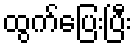
ထွက်ပြေးပြီး